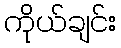
ကိုယ်ချင်း